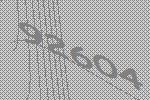
92604